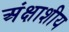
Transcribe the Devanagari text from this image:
अंक्षाशीय